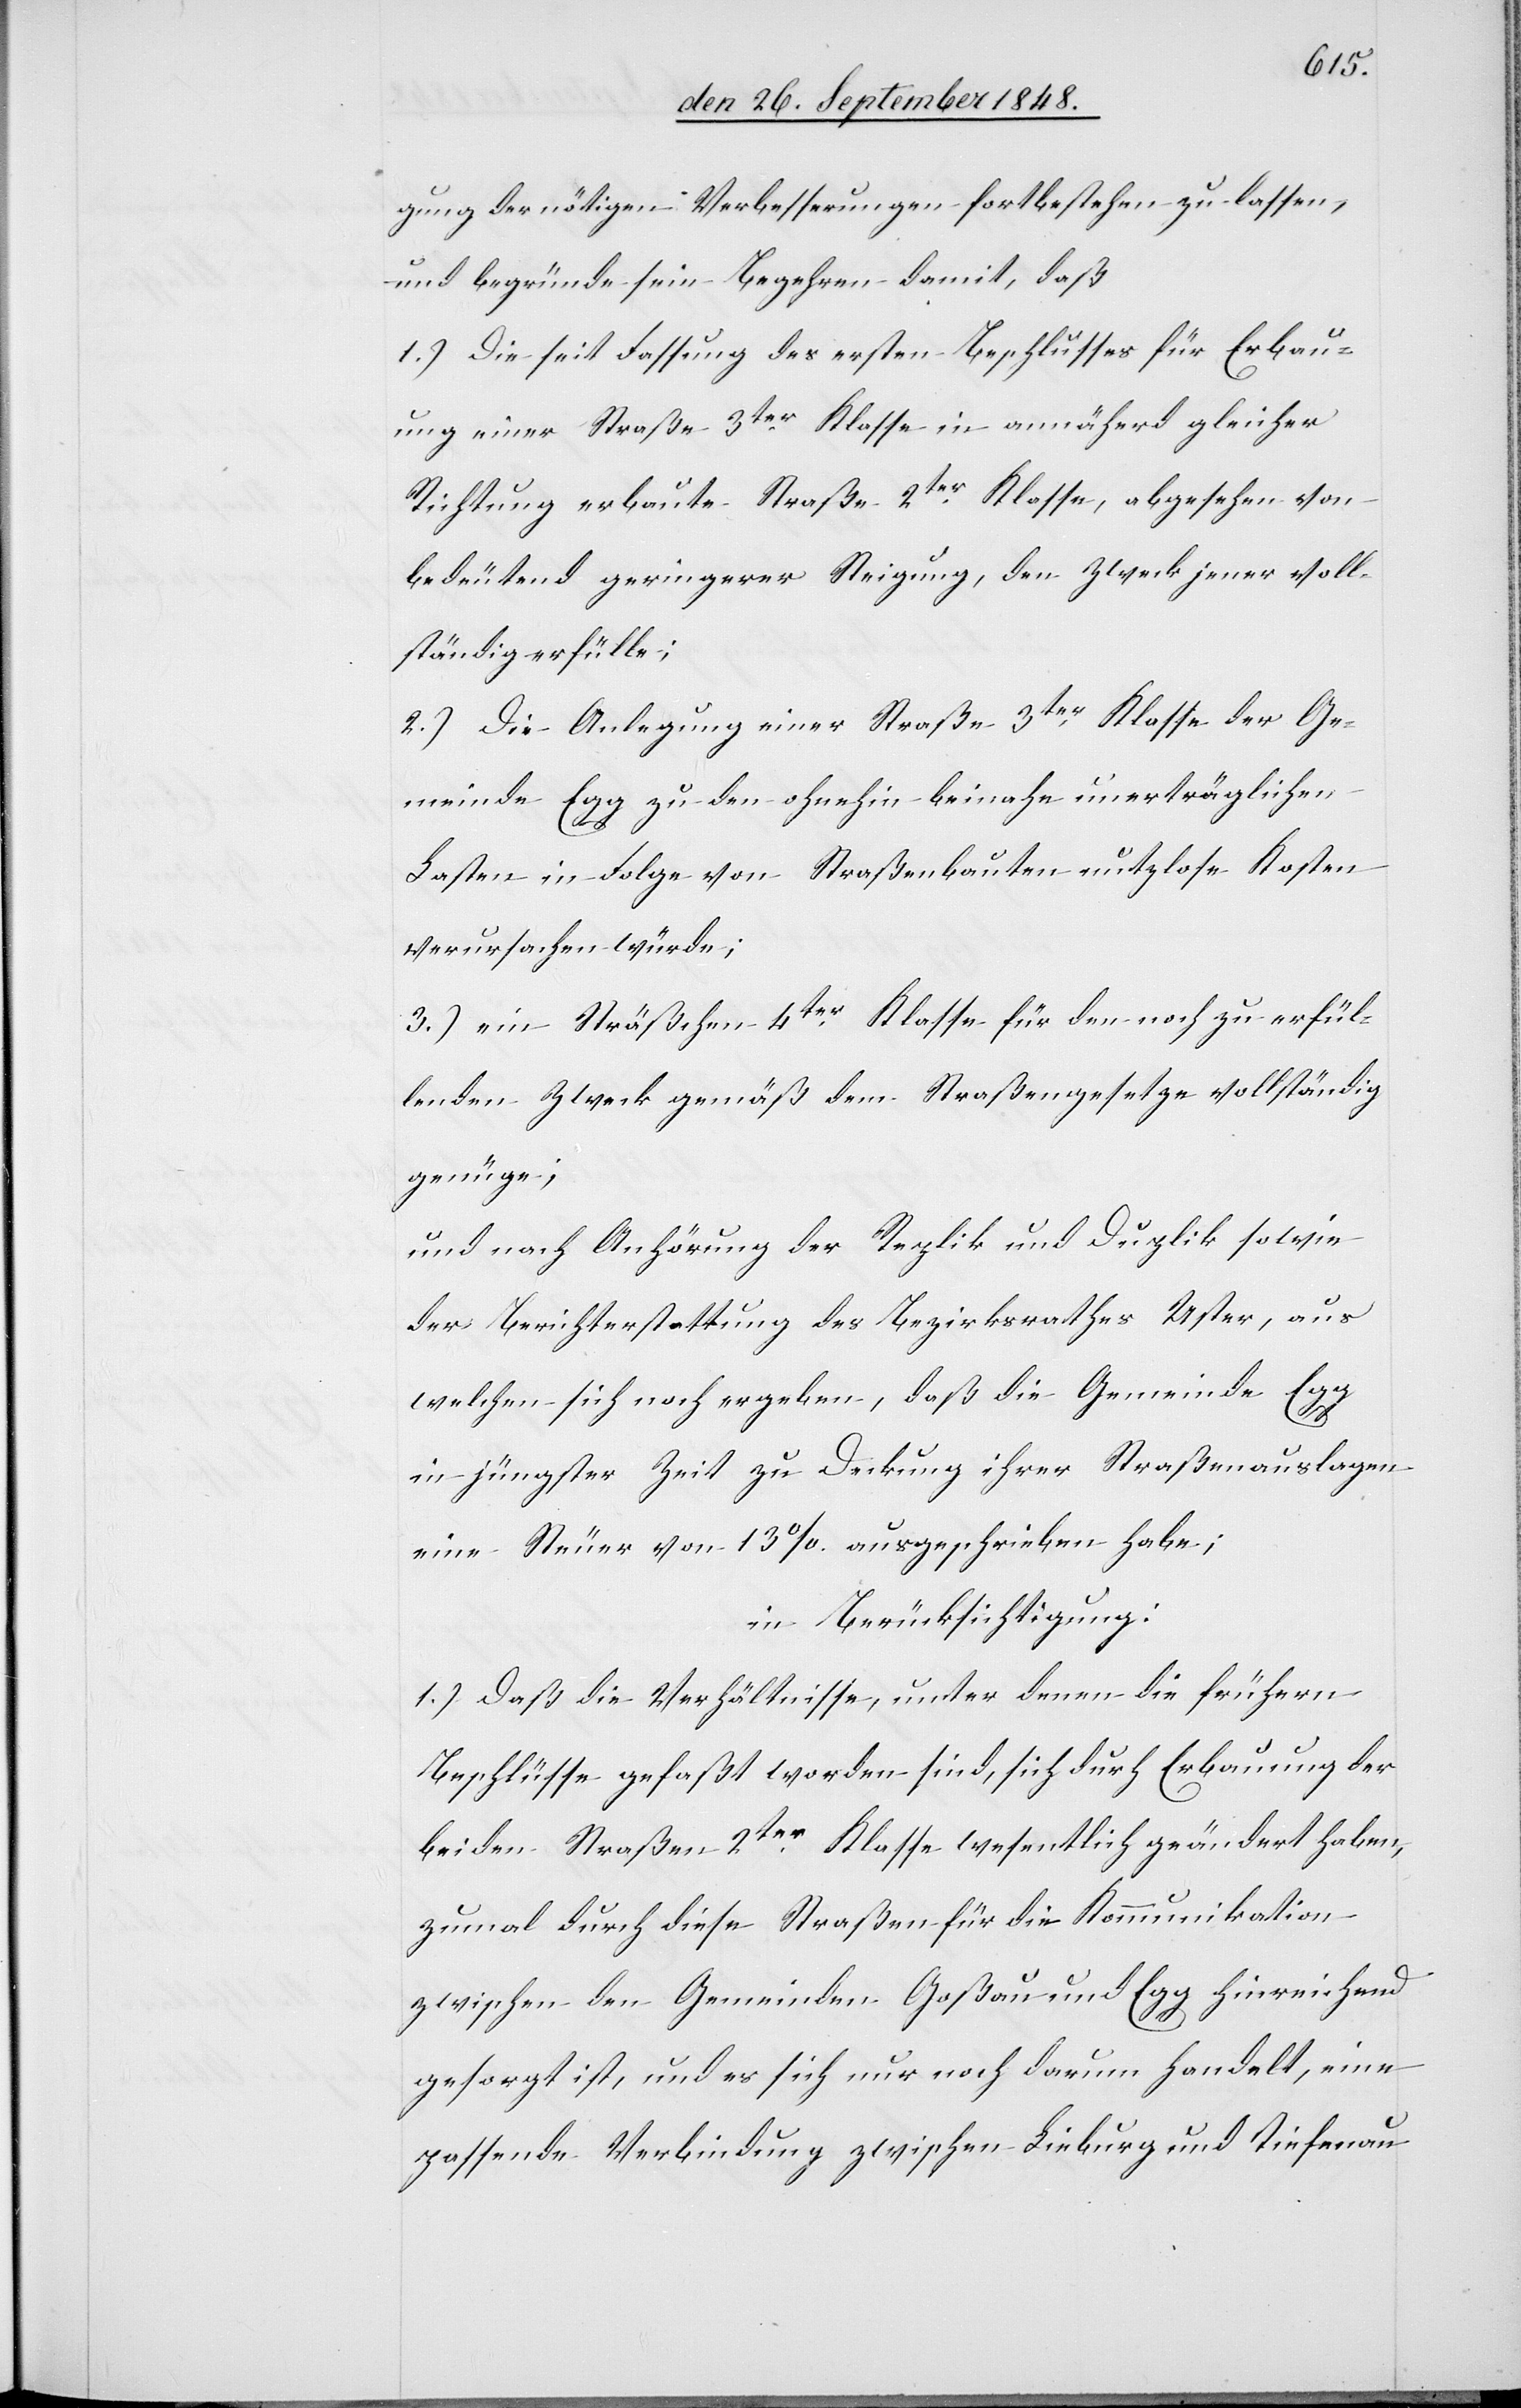
gung der nöthigen Verbesserungen fortbestehen zu lassen,
und begründe sein Begehren damit, daß
1.) Die seit Fassung des ersten Beschlusses für Erbau¬
ung einer Straße 3ter Klasse in annäher[n]d gleicher
Richtung erbaute Straße 2ter Klasse, abgesehen von
bedeutend geringerer Steigung, den Zweck jener voll¬
ständig erfülle;
2.) Die Anlegung einer Straße 3ter Klasse der Ge¬
meinde Egg zu den ohnehin beinahe unerträglichen
Lasten in Folge von Straßenbauten nutzlose Kosten
verursachen würde;
3.) ein Sträßchen 4ter Klasse für den noch zu erfül¬
lenden Zweck gemäß dem Straßengesetze vollständig
genüge;
und nach Anhörung der Replik und Duplik sowie
der Berichterstattung des Bezirksrathes Uster, aus
welchen sich noch ergeben, daß die Gemeinde Egg
in jüngster Zeit zu Deckung ihrer Straßenauslagen
eine Steuer von 13% ausgeschrieben habe;
in Berücksichtigung:
1.) Daß die Verhältnisse, unter denen die frühern
Beschlüsse gefaßt worden sind, sich durch Erbauung der
beiden Straßen 2ter Klasse wesentlich geändert haben,
zumal durch diese Straßen für die Kommunikation
zwischen den Gemeinden Goßau und Egg hinreichend
gesorgt ist, und es sich nur noch darum handelt, eine
passende Verbindung zwischen Lieburg und Tiefenau